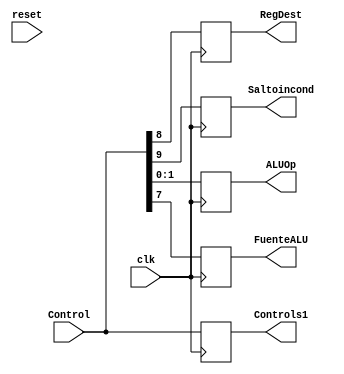
`timescale 1ns / 1ps
//////////////////////////////////////////////////////////////////////////////////
// Company: 
// Engineer: 
// 
// Design Name: 
// Module Name: control1
// Project Name: 
// Target Devices: 
// Tool Versions: 
// Description: 
// 
// Dependencies: 
// 
// Revision:
// Revision 0.01 - File Created
// Additional Comments:
// 
//////////////////////////////////////////////////////////////////////////////////


module control1(reset,clk,Control,RegDest,ALUOp,FuenteALU,Controls1,Saltoincond);//,LeerMem);

    input [9:0] Control;
    input  clk;
    input reset;
    output reg [9:0] Controls1;
        
    output reg RegDest;
    output reg Saltoincond;
    //output reg LeerMem;
    //output wire MemaReg;
    output reg [1:0]ALUOp;
    //output wire EscrMem;
    output reg FuenteALU;
    //output wire EscrReg;
    

                                                

always   @(posedge clk)
begin

Controls1 = Control;   
Saltoincond  = Control[9];
RegDest      = Control[8];
FuenteALU    = Control[7];//
//assign MemaReg      = Control[6];
//assign EscrReg      = Control[5];
//assign LeerMem      = Control[4];//
//assign EscrMem      = Control[3];
//assign SaltoCond    = Control[2];
//LeerMem      = Control[4];
ALUOp        = Control[1:0];
    

    

end     
endmodule